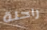
راحلة